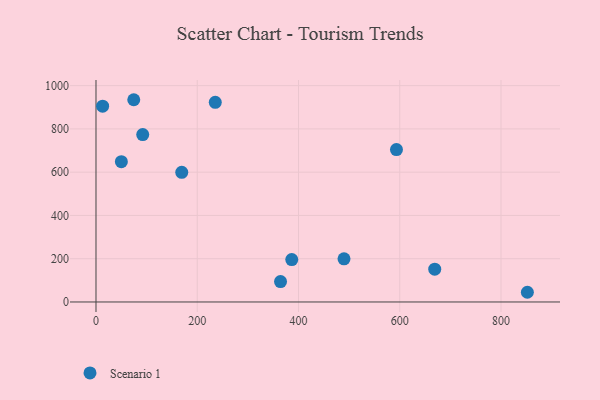
{"axis": {"x": "Distance", "y": "Profit"}, "legend": ["Scenario 1"], "data": [{"x": "593.5", "y": 704.6, "type": "Scenario 1"}, {"x": "92.3", "y": 773.8, "type": "Scenario 1"}, {"x": "489.9", "y": 199.6, "type": "Scenario 1"}, {"x": "852.1", "y": 44.8, "type": "Scenario 1"}, {"x": "13.1", "y": 905.3, "type": "Scenario 1"}, {"x": "669.1", "y": 151.4, "type": "Scenario 1"}, {"x": "235.6", "y": 923.0, "type": "Scenario 1"}, {"x": "74.6", "y": 934.9, "type": "Scenario 1"}, {"x": "50.1", "y": 648.5, "type": "Scenario 1"}, {"x": "364.5", "y": 94.4, "type": "Scenario 1"}, {"x": "169.4", "y": 599.1, "type": "Scenario 1"}, {"x": "386.7", "y": 196.0, "type": "Scenario 1"}]}